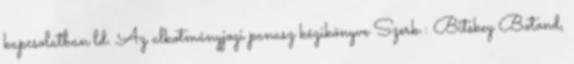
kapcsolatban ld. Az alkotmányjogi panasz kézikönyve Szerk.: Bitskey Botond,